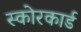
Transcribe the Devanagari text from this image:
स्‍कोरकार्ड